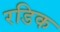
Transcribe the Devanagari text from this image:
रडिक